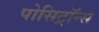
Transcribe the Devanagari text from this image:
पोसिट्रॉन्स